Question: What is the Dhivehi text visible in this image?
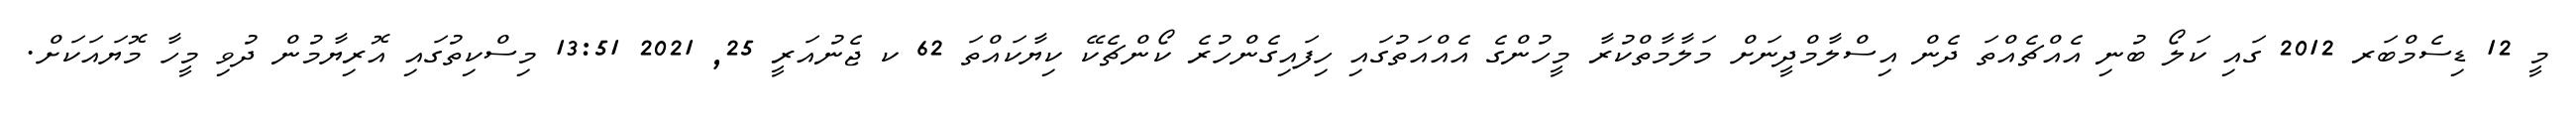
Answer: މީ 12 ޑިސެމްބަރ 2012 ގައި ކަލޯ ބުނި އެއްޗެއްތަ ދެން އިސްލާމްދީނަށް މަލާމާތްކުރާ މީހުންގެ އެއްއަތުގައި ހިފައިގެންހުރެ ކޯންޗެކޭ ކިޔާކައްތަ 62 ކ ޖެނުއަރީ 25, 2021 13:51 މިސްކިތުގައި އޮރިޔާމުން ދުވި މީހާ މޮޔައަކަށް.